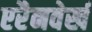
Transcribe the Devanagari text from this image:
एरैनवेर्ख